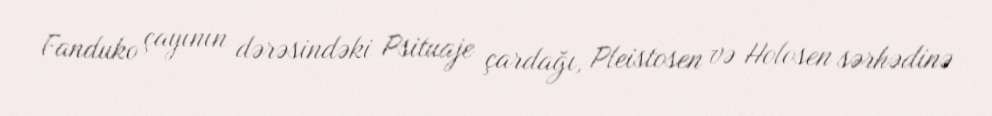
Fanduko çayının dərəsindəki Psituaje çardağı, Pleistosen və Holosen sərhədinə